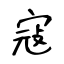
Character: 寇